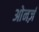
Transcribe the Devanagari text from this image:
ओनर्ज़